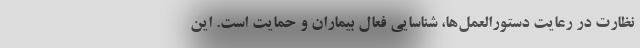
نظارت در رعایت دستورالعمل‌ها، شناسایی فعال بیماران و حمایت است. این